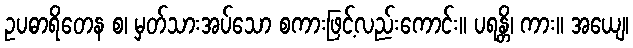
ဥပဓာရိတေန စ၊ မှတ်သားအပ်သော စကားဖြင့်လည်းကောင်း။ ပရန္တိ၊ ကား။ အယျေ၊